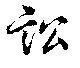
訟